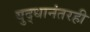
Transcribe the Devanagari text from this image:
युद्धानंतरही